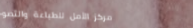
مركز الأمل للطباعة والتصو